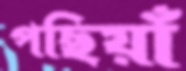
পছিয়াঁ